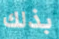
بذلك